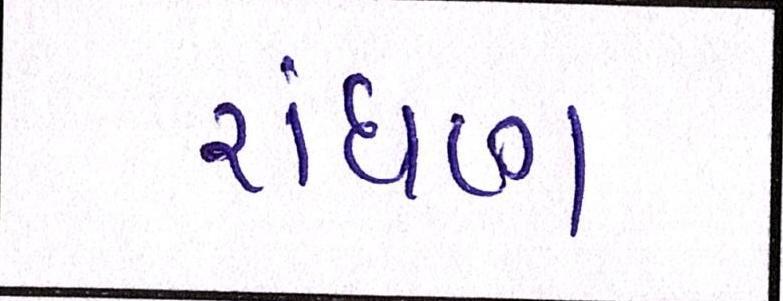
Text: રાંધણ